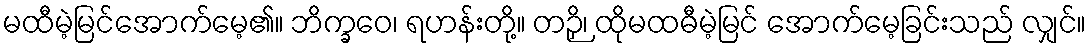
မထီမဲ့မြင်အောက်မေ့၏။ ဘိက္ခဝေ၊ ရဟန်းတို့။ တဉှိ၊ ထိုမထဓီမဲ့မြင် အောက်မေ့ခြင်းသည် လျှင်။